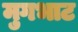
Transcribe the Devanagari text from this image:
मुगभाट